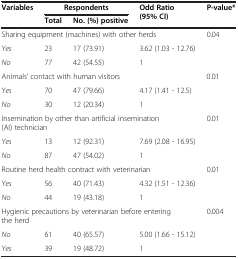
| Variables | <COLSPAN=2> Respondents | Odd Ratio (95% CI) | P-value* |
 |  | Total | No. (%) positive |  |  |
 | --- | --- | --- | --- | --- |
 | <COLSPAN=4> Sharing equipment (machines) with other herds | 0.04 |
 | Yes | 23 | 17 (73.91) | 3.62 (1.03 - 12.76) |  |
 | No | 77 | 42 (54.55) | 1 |  |
 | <COLSPAN=4> Animals’ contact with human visitors | 0.01 |
 | Yes | 70 | 47 (79.66) | 4.17 (1.41 - 12.5) |  |
 | No | 30 | 12 (20.34) | 1 |  |
 | <COLSPAN=4> Insemination by other than artificial insemination (AI) technician | 0.01 |
 | Yes | 13 | 12 (92.31) | 7.69 (2.08 - 16.95) |  |
 | No | 87 | 47 (54.02) | 1 |  |
 | <COLSPAN=4> Routine herd health contract with veterinarian | 0.01 |
 | Yes | 56 | 40 (71.43) | 4.32 (1.51 - 12.36) |  |
 | No | 44 | 19 (43.18) | 1 |  |
 | <COLSPAN=4> Hygienic precautions by veterinarian before entering the herd | 0.004 |
 | No | 61 | 40 (65.57) | 5.00 (1.66 - 15.12) |  |
 | Yes | 39 | 19 (48.72) | 1 |  |